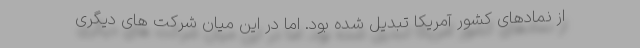
از نمادهای کشور آمریکا تبدیل شده بود. اما در این میان شرکت های دیگری